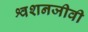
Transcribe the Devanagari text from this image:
श्वशनजीवी